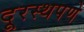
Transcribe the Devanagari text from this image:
दूरस्थपणे